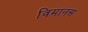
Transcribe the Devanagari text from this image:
विमानस